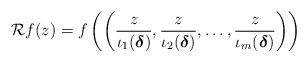
LaTeX: \begin{align*}\mathcal{R}f(z)=f\left(\left(\frac{z}{\iota_1(\boldsymbol{\delta})},\frac{z}{\iota_2(\boldsymbol{\delta})},\dots,\frac{z}{\iota_m(\boldsymbol{\delta})}\right)\right)\end{align*}